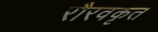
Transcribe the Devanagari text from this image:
रौरवकृत